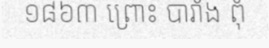
១៨៦៣ ព្រោះ បារាំង ពុំ